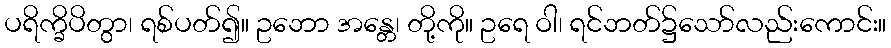
ပရိက္ခိပိတွာ၊ ရစ်ပတ်၍။ ဥဘော အန္တေ၊ တို့ကို။ ဥရေ ဝါ၊ ရင်ဘတ်၌သော်လည်းကောင်း။